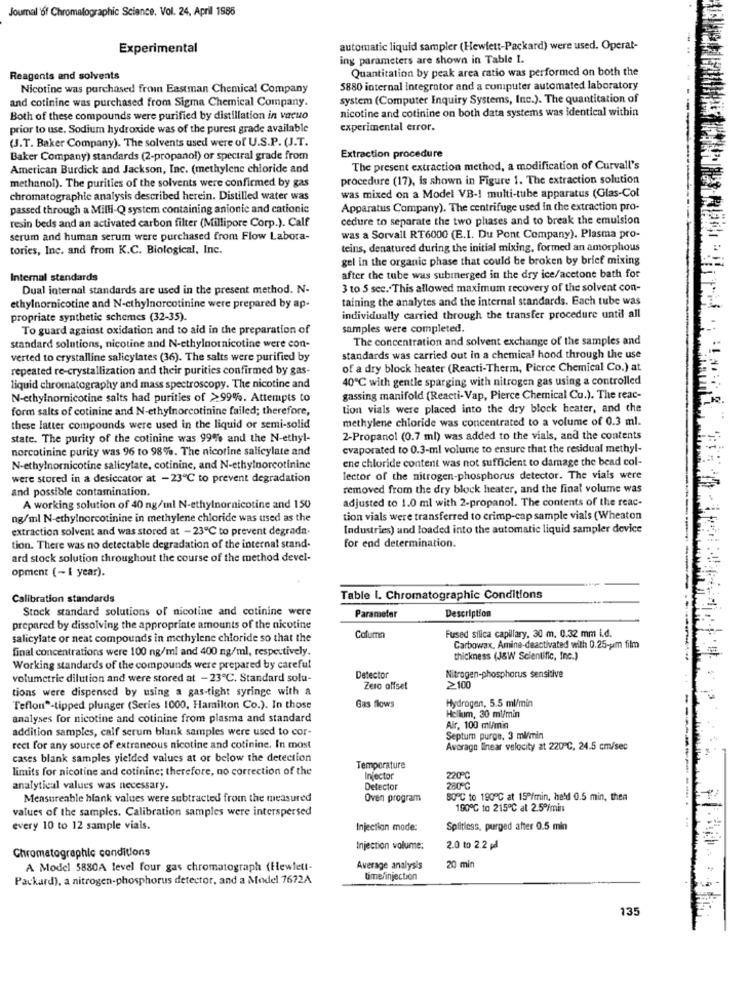
Journal of Chromatographic Science, Vol. 24. April 1986
Experimental
automatic liquid sampler (Hewlett-Packard) were used. Operat-
ing parameters are shown in Table I.
Quantitation by peak area ratio was performed on both the
Reagents and solvents
Nicotine was purchased from Eastman Chemical Company
5880 internal integrator and a computer automated laboratory
and cotinine was purchased from Sigma Chemical Company.
system (Computer Inquiry Systems, Inc.). The quantitation of
nicotine and cotinine on both data systems was identical within
Both of these compounds were purified by distillation in vacuo
prior to use. Sodium hydroxide was of the purest grade available
experimental error.
(J.T. Baker Company). The solvents used were of U.S.P. (J.T.
Baker Company) standards (2-propanol) or spectral grade from
Extraction procedure
American Burdick and Jackson, Inc. (methylene chloride and
The present extraction method, a modification of Curvall's
procedure (17), is shown in Figure 1. The extraction solution
methanol). The purities of the solvents were confirmed by gas
chromatographie analysis described herein. Distilled water was
was mixed on a Model VB-1 multi-tube apparatus (Glas-Col
passed through a Milli-Q system containing anionic and cationic
Apparatus Company). The centrifuge used in the extraction pro-
cedure to separate the two phases and to break the emulsion
resin beds and an activated carbon filter (Millipore Corp.). Calf
serum and human serum were purchased from Flow Labora-
was a Sorvall RT6000 (E.I. Du Pont Company). Plasma pro-
tories, Inc. and from K.C. Biological, Inc.
teins, denatured during the initial mixing, formed an amorphous
gel in the organic phase that could be broken by brief mixing
Internal standards
after the tube was submerged in the dry ice/acetone bath for
Dual internal standards are used in the present method. N-
3 to 5 sec. This allowed maximum recovery of the solvent con-
taining the analytes and the internal standards. Each tube was
ethylnornicotine and N-ethylnorcotinine were prepared by ap-
propriate synthetic schemes (32-35)
individually carried through the transfer procedure until all
To guard against oxidation and to aid in the preparation of
samples were completed.
The concentration and solvent exchange of the samples and
standard solutions, nicotine and N-ethylnornicotine were con-
verted to crystalline salicylates (36). The salts were purified by
standards was carried out in a chemical hood through the use
repeated re-crystallization and their purities confirmed by gas-
of a dry block heater (Reacti-Therm, Pierce Chemical Co.) at
40℃ with gentle sparging with nitrogen gas using a controlled
liquid chromatography and mass spectroscopy. The nicotine and
N-ethylnornicotine salts had purities of >99%. Attempts to
gassing manifold (Reacti-Vap, Pierce Chemical Co.). The reac-
form salts of cotinine and N-ethylnorcotinine failed; therefore,
tion vials were placed into the dry block heater, and the
methylene chloride was concentrated to a volume of 0.3 ml.
these latter compounds were used in the liquid or semi-solid
state. The purity of the cotinine was 99% and the N-ethyl-
2-Propanol (0.7 ml) was added to the vials, and the contents
norcotinine purity was 96 to 98%. The nicotine salicylate and
evaporated to 0.3-ml volume to ensure that the residual methyl-
ene chloride content was not sufficient to damage the bead col-
N-ethylnornicotine salicylate, cotinine, and N-ethylnorcotininc
were stored in a desiccator at - 23℃ to prevent degradation
lector of the nitrogen-phosphorus detector. The vials were
and possible contamination.
removed from the dry block heater, and the final volume was
adjusted to 1.0 ml with 2-propanol. The contents of the reac-
A working solution of 40 ng/ml N-ethylnornicotine and 150
ng/ml N-ethylnorcotinine in methylene chloride was used as the
tion vials were transferred to crimp-cap sample vials (Wheaton
extraction solvent and was stored at - 23℃ to prevent degrada-
Industries) and loaded into the automatic liquid sampler device
tion. There was no detectable degradation of the internal stand-
for end determination.
ard stock solution throughout the course of the method devel-
opment (- 1 year).
Calibration standards
Table 1. Chromatographic Conditions
Stock standard solutions of nicotine and cotinine were
Parameter
Description
prepared by dissolving the appropriate amounts of the nicotine
Fused silica capillary, 30 m. 0.32 mm i.d.
salicylate or neat compounds in methylene chloride so that the
Column
final concentrations were 100 ng/ml and 400 ng/ml, respectively.
Carbowax, Amine-deactivated with 0.25-pm film
thickness (J&W Scientific, Inc.)
Working standards of the compounds were prepared by careful
volumetric dilution and were stored at - 23℃. Standard solu-
Detector
Nitrogen-phosphorus sensitive
tions were dispensed by using a gas-tight syringe with a
Zero offset
≥100
Hydrogen, 5.5 ml/min
Teflon®-tipped plunger (Series 1000, Hamilton Co.). In those
Gas flows
analyses for nicotine and cotinine from plasma and standard
Hellum, 30 ml/min
addition samples, calf serum blank samples were used to cor-
Air, 100 ml/min
Septum purge. 3 ml/min
rect for any source of extraneous nicotine and cotinine. In most
Average linear velocity at 220 ℃, 24.5 cm/sec
cases blank samples yielded values at or below the detection
limits for nicotine and cotinine; therefore, no correction of the
Temperature
Injector
220℃
analytical values was necessary.
Detector
280FC
Measureable blank values were subtracted from the measured
Oven program
80"℃ to 190℃ at 15P/min, he'd 0.5 min, then
values of the samples. Calibration samples were interspersed
190℃ to 215℃ at 2.5º/min
every 10 to 12 sample vials.
Injection mode:
Splitless, purged after 0.5 min
Chromatographic conditions
Injection volume:
2.0 to 2.2 pl
A Model 5880A level four gas chromatograph (Hewlett-
Average analysis
20 min
Packard), a nitrogen-phosphorus detector, and a Model 7672A
time/injection
13